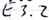
Text: E3.2